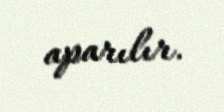
aparılır.